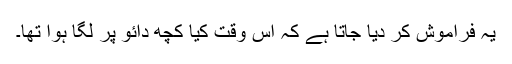
یہ فراموش کر دیا جاتا ہے کہ اُس وقت کیا کچھ دائو پر لگا ہوا تھا۔